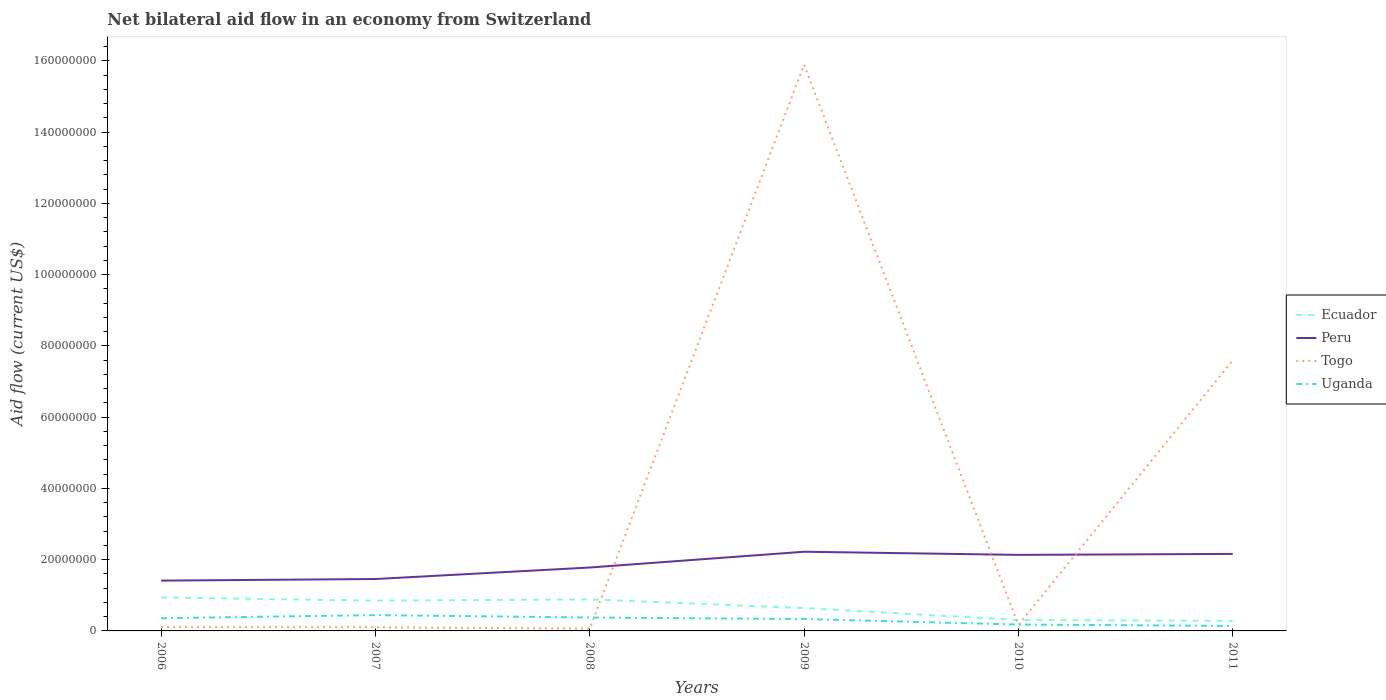
| Years | Ecuador | Peru | Togo | Uganda |
 | --- | --- | --- | --- | --- |
 | 2006 | 9.41e+06 | 1.41e+07 | 1.09e+06 | 3.57e+06 |
 | 2007 | 8.49e+06 | 1.46e+07 | 1.04e+06 | 4.44e+06 |
 | 2008 | 8.86e+06 | 1.78e+07 | 6.4e+05 | 3.76e+06 |
 | 2009 | 6.42e+06 | 2.22e+07 | 1.59e+08 | 3.34e+06 |
 | 2010 | 3.07e+06 | 2.14e+07 | 1.71e+06 | 1.79e+06 |
 | 2011 | 2.83e+06 | 2.16e+07 | 7.6e+07 | 1.4e+06 |